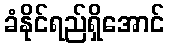
ခံနိုင်ရည်ရှိအောင်